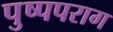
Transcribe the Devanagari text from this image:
पुष्पपराग